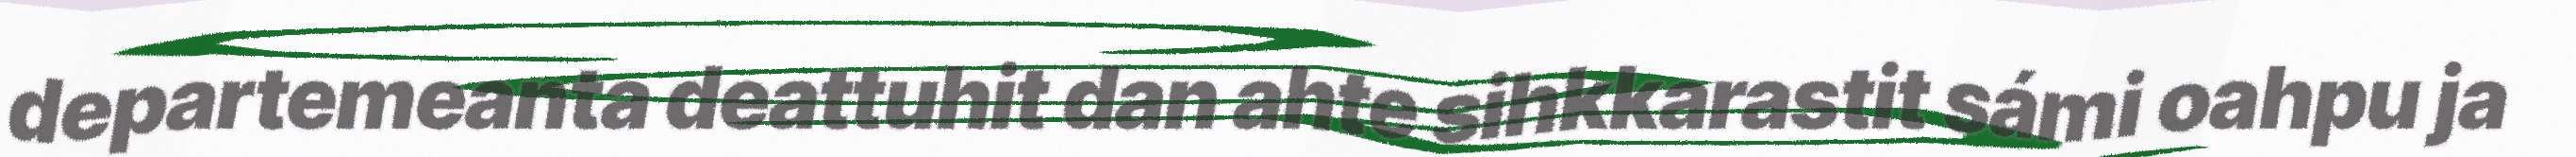
departemeanta deattuhit dan ahte sihkkarastit sámi oahpu ja